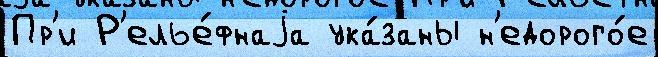
Пр'и Р'елье́фнаjа ука́заны н'едорого́е